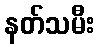
နတ်သမီး